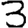
Digit: 3